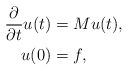
LaTeX: \begin{align*} \frac{\partial}{\partial t} u(t)&= M u(t),\\ u(0)&= f, \end{align*}